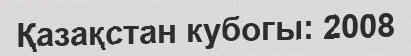
Қазақстан кубогы: 2008